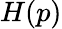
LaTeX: H(p)